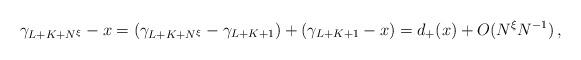
LaTeX: \begin{align*}\gamma_{L+K+N^{\xi}}-x&=(\gamma_{L+K+N^{\xi}}-\gamma_{L+K+1})+(\gamma_{L+K+1}-x)=d_+(x)+O(N^{\xi}N^{-1})\,,\end{align*}